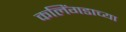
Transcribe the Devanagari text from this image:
कलिंगडाच्या